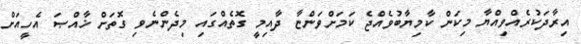
އިރާދަކުރެއްވިއްޔާ މިކަން ކާމިޔާބުވެއްޖެ ކަމަށްވަންޏާ ދާއިމީ ގޮތެއްގައި މިދެންނެވި ގޮތަށް ޚާއްޞަ އެހީއަށް